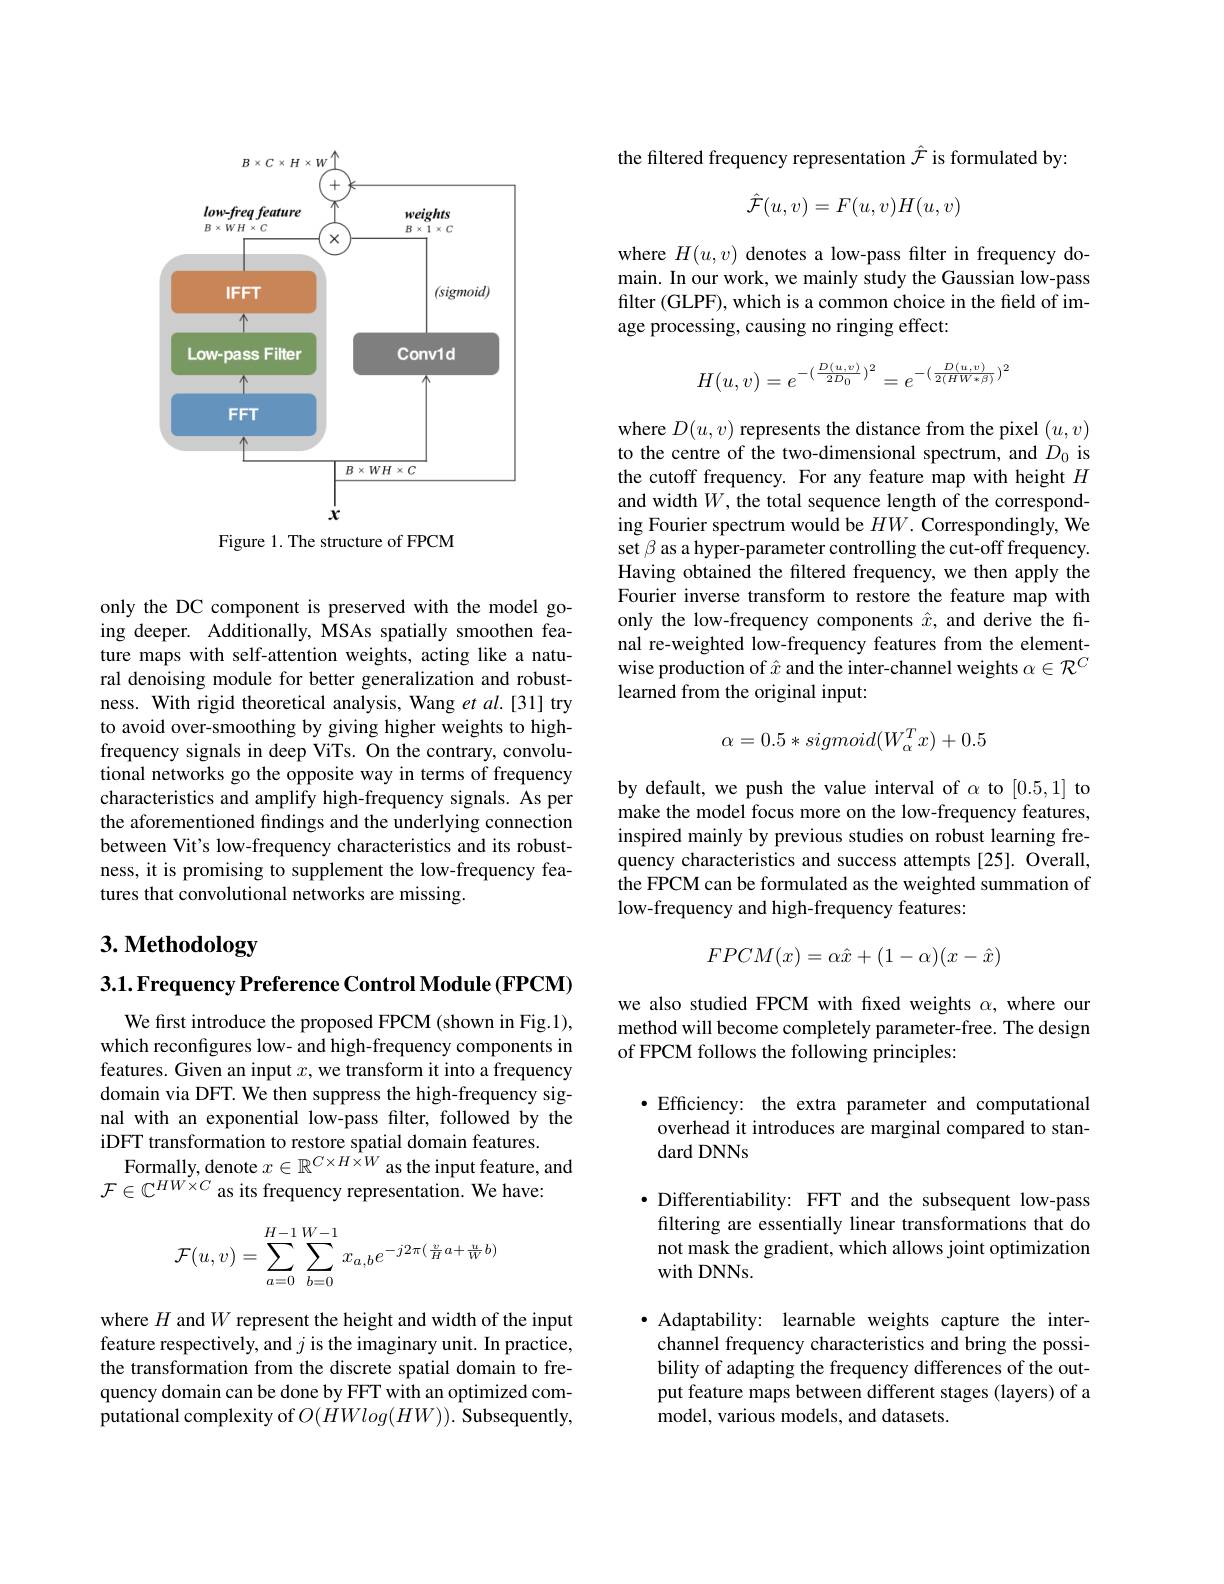
<FigureHere>

Figure 1. The structure of FPCM

only the DC component is preserved with the model going deeper. Additionally, MSAs spatially smoothen feature maps with self-attention weights, acting like a natural denoising module for better generalization and robustness. With rigid theoretical analysis, Wang et al.[31] try to avoid over-smoothing by giving higher weights to highfrequency signals in deep ViTs. On the contrary, convolutional networks go the opposite way in terms of frequency characteristics and amplify high-frequency signals. As per the aforementioned findings and the underlying connection between Vit's low-frequency characteristics and its robustness, it is promising to supplement the low-frequency features that convolutional networks are missing.

# 3. Methodology

3.1.Frequency Preference Control Module (FPCM)

We first introduce the proposed FPCM (shown in Fig.1), which reconfigures low- and high-frequency components in features. Given an input $x$, we transform it into a frequency domain via DFT. We then suppress the high-frequency signal with an exponential low-pass filter, followed by the iDFT transformation to restore spatial domain features.
Formally, denote $x\in\mathbb{R}^{C\times H\times W}$ as the input feature, and
$\mathcal{F}\in\mathbb{C}^{HW\times C}$ as its frequency representation. We have:
$$\mathcal{F}(u,v)=\sum\limits_{a=0}^{H-1}\sum\limits_{b=0}^{W-1}x_{a,b}e^{-j2\pi(\frac{v}{H}a+\frac{u}{W}b)}$$
where $H$ and $W$ represent the height and width of the input feature respectively, and $j$ is the imaginary unit. In practice, the transformation from the discrete spatial domain to frequency domain can be done by FFT with an optimized computational complexity of $O(\dot{H}Wlog(HW)).$ Subsequently,

the filtered frequency representation $\hat{\mathcal{F}}$ is formulated by:
$$\hat{\mathcal F}(u,v)=F(u,v)H(u,v)$$
where $H(u,v)$ denotes a low-pass filter in frequency domain. In our work, we mainly study the Gaussian low-pass filter (GLPF), which is a common choice in the field of image processing, causing no ringing effect:
$$H(u,v)=e^{-(\frac{D(u,v)}{2D_0})^2}=e^{-(\frac{D(u,v)}{2(HW*\beta)})^2}$$
where $D(u,v)$ represents the distance from the pixel $(u,v)$ to the centre of the two-dimensional spectrum, and $D_0$ is the cutoff frequency. For any feature map with height $H$ and width $W$, the total sequence length of the corresponding Fourier spectrum would be $HW.$ Correspondingly, We set $\beta$ as a hyper-parameter controlling the cut-off frequency. Having obtained the filtered frequency, we then apply the Fourier inverse transform to restore the feature map with only the low-frequency components $\hat{x}$, and derive the final re-weighted low-frequency features from the elementwise production of $\hat{x}$ and the inter-channel weights $\alpha\in\mathcal{R}^C$ learned from the original input:
$$\alpha=0.5*sigmoid(W_\alpha^Tx)+0.5$$
by default, we push the value interval of $\alpha$ to [0.5,1] to

make the model focus more on the low-frequency features, inspired mainly by previous studies on robust learning frequency characteristics and success attempts [25]. Overall, the FPCM can be formulated as the weighted summation of low-frequency and high-frequency features:
$$FPCM(x)=\alpha\hat x+(1-\alpha)(x-\hat x)$$
we also studied FPCM with fxed weights $\alpha$, where our method will become completely parameter-free. The design of FPCM follows the following principles:

·Efficiency: the extra parameter and computational overhead it introduces are marginal compared to standard DNNs

·Differentiability: FFT and the subsequent low-pass
filtering are essentially linear transformations that do not mask the gradient, which allows joint optimization with DNNs.

$\bullet$ Adaptability: learnable weights capture the interchannel frequency characteristics and bring the possibility of adapting the frequency differences of the output feature maps between different stages (layers) of a model, various models, and datasets.